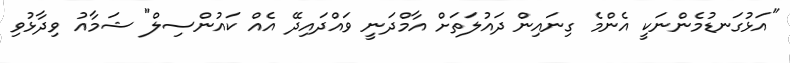
"އަޅުގަނޑުމެންނަކީ އެންމެ ގިނައިން ދައުލަތަށް އާމްދަނީ ވައްދައިދޭ އެއް ކައުންސިލް" ޝަމާއު ވިދާޅުވި